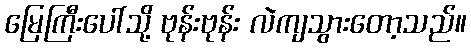
မြေကြီးပေါ်သို့ ဗုန်းဗုန်း လဲကျသွားတော့သည်။